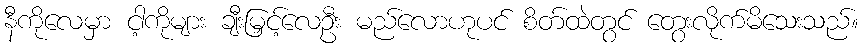
နီကိုလေမှာ ငါ့ကိုများ ချီးမြှင့်လေဦး မည်လောဟုပင် စိတ်ထဲတွင် တွေးလိုက်မိသေးသည်။